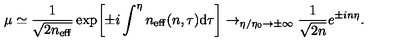
\mu \simeq \frac { 1 } { \sqrt { 2 n _ { \mathrm { e f f } } } } \exp \biggl [ \pm i \int ^ { \eta } n _ { \mathrm { e f f } } ( n , \tau ) \mathrm { d } \tau \biggr ] \rightarrow _ { \eta / \eta _ { 0 } \rightarrow \pm \infty } \frac { 1 } { \sqrt { 2 n } } e ^ { \pm i n \eta } .